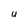
Character: U